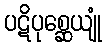
ပဋိပုစ္ဆေယျုံ